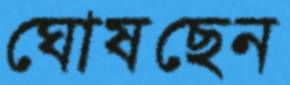
ঘোষছেন